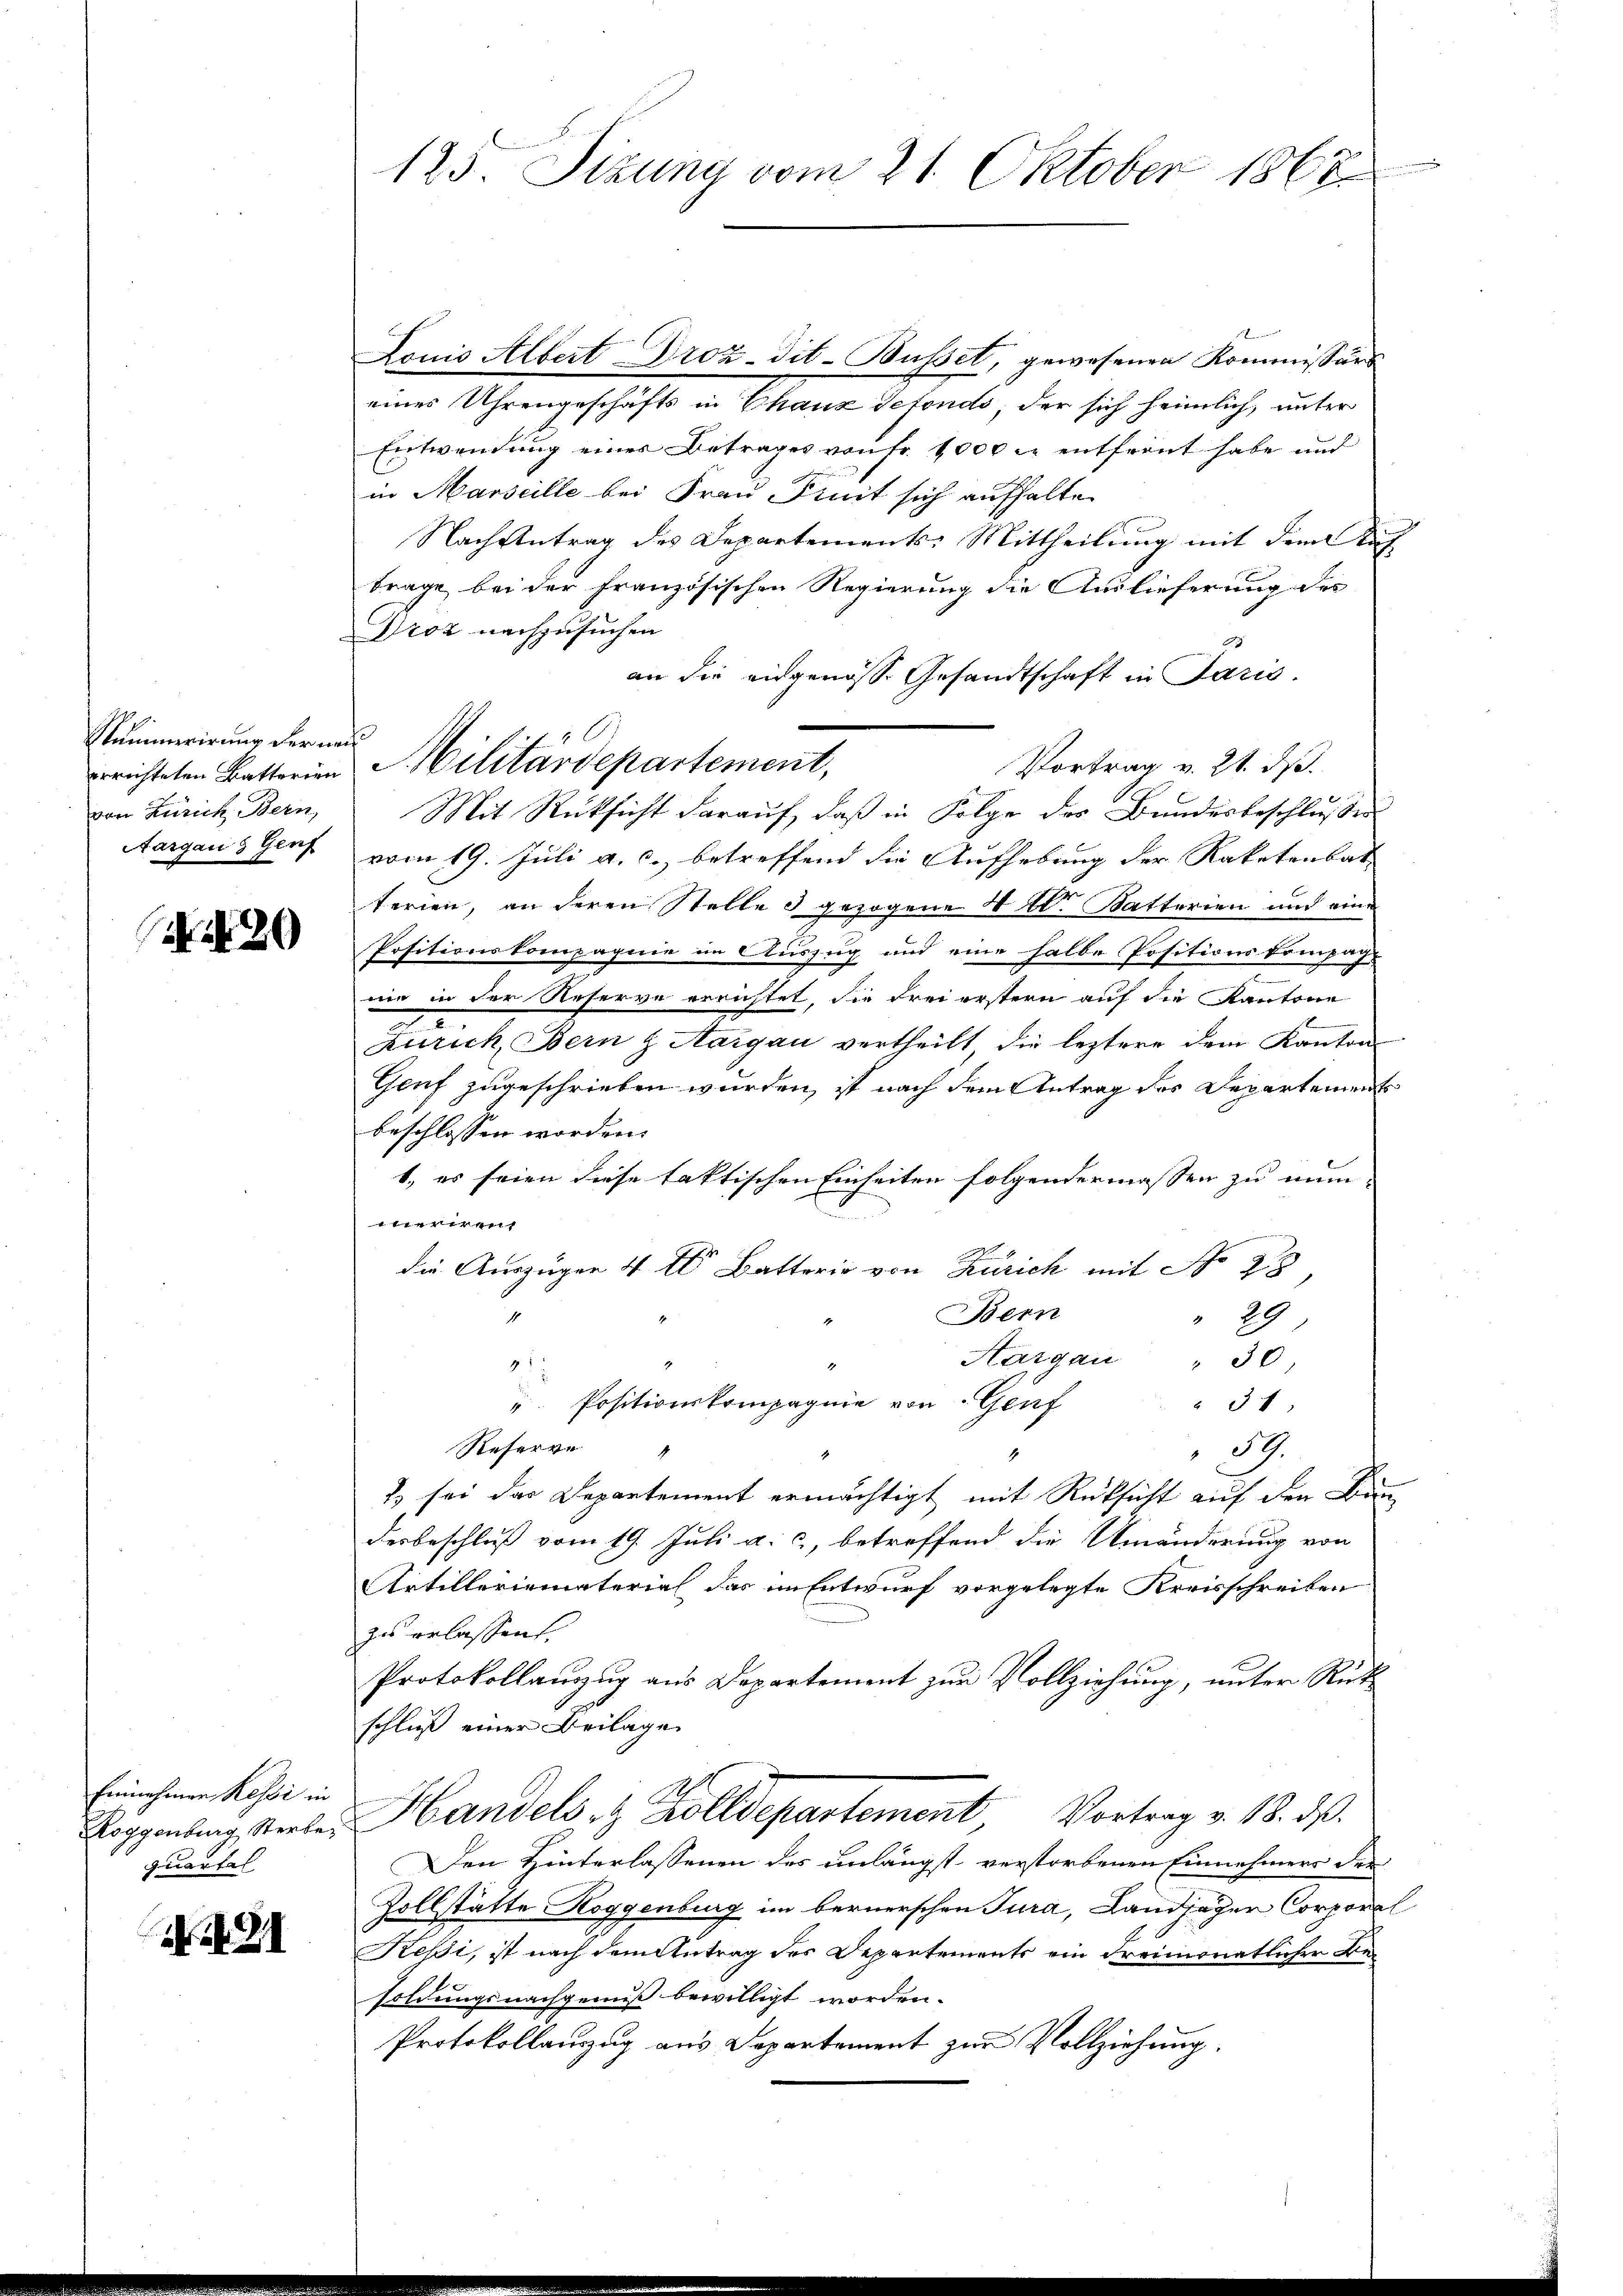
Stummerirung der was
von Zürich Bern,

A 2

Louis Albert Droz-dit-Busset, gewesenen Kommissärs
eines Uhrengeschäfts in Chauz Sefonds, der sich heimlich, unter
Entwendung einer Betrages von Fr. 1000 l. entfreut habe und
in Marseille bei Frau Pinit sich aufhalte
Nach Antrag des Departements-Mittheilung mit dem Nach
trage bei der französischen Regierung die Auslieferung des
Drot nachzusuchen
7
an die eidgenosse Gesandtschaft in Paris.
Vortrag v. 21. ds.
Mit Rücksicht darauf, daß in Folge des Bundesbeschlusse
Aargau & Girf vom 19. Juli a. c., betreffend die Aufhebung der Raketenbat
terien, an deren Stelle 3 gezogene 4 t. Katterien und eine
Positionskompagnie im Auszug und eine halbe Positionskompach-
nie in der Reserve errichtet, die Frei erstern auf die Kantone
e
Zürich, Bern & Aargau vertheilt, die leztere dem Kanton
Genf zugeschrieben wurden, ist nach dem Antrag des Departements
beschlossen worden.
1., es seien diese faktischen Einheiten folgendermassen zu nun-
1ten verrich
die Auszüger 4 t Batterio von Zürich mit No 28
Bern
.
" 29
Aargau " 30
1
5
 Positionskompagnie von Genf
" 34
Reserve
59.
f
4
1 sei das Departement ermächtigt mit Rücksicht auf den Bau-
desbeschluß vom 19. Juli u. c, betreffend die Umänderung von
Artilleriematerial das im Entwurf vorgelegte Kreisschreiben
zu erlassen.
Protokollauszug aus Departement zur Vollziehung, unter Rütschließ einer Beilage
Roggenburg verle, Handels- & Zolldepartement Vortrag v. 18. ds.
Den Hinterlassenen des unlängst verstorbenen Einnehmers der
Zollstätte Roggenburg im bernerschen Tura, Landjäger Corporel
Keßi, ist nach dem Antrag des Departements ein dreimonatlicher Besoldungsnachgenuß bewilligt worden.
Protokollauszug aus Departement zur Vollziehung.

Einnehmen Kessi in
quartel

N XXI

125. Sizung vom 21. Oktober 1868

C.
errichteten Battorien Militärdepartement,